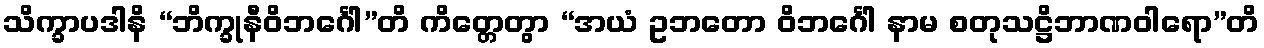
သိက္ခာပဒါနိ “ဘိက္ခုနီဝိဘင်္ဂေါ”တိ ကိတ္တေတွာ “အယံ ဥဘတော ဝိဘင်္ဂေါ နာမ စတုသဋ္ဌိဘာဏဝါရော”တိ